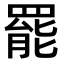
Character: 罷